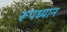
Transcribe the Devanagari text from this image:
रूपध्यान